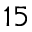
1 5